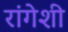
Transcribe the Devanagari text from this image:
रांगेशी